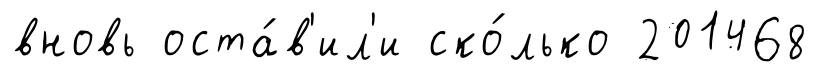
вновь оста́в'ил'и ско́лько 201468